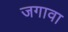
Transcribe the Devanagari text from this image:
जगावा